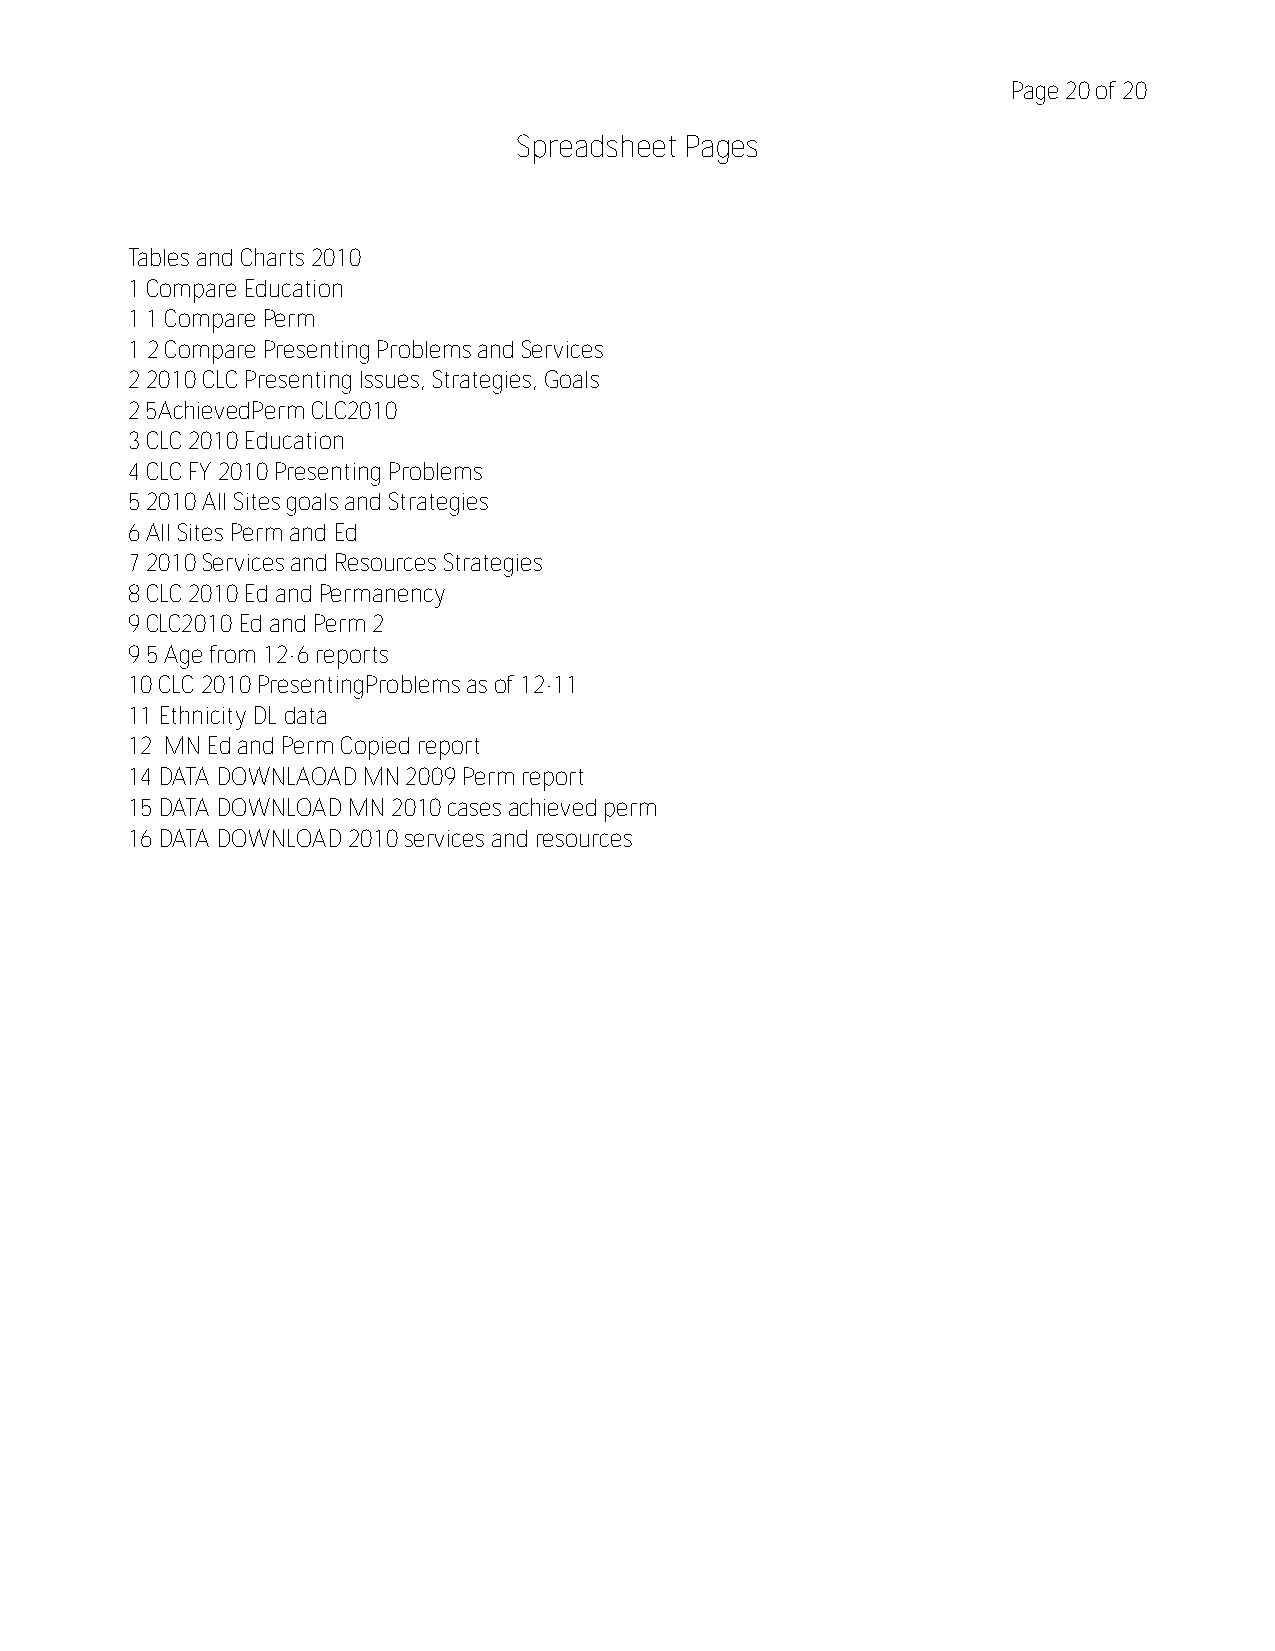
Page 20 of 20
 Spreadsheet Pages
 Tables and Charts 2010
 1 Compare Education
 1.1 Compare Perm
 1.2 Compare Presenting Problems and Services
 2 2010 CLC Presenting Issues, Strategies, Goals
 2.5AchievedPerm CLC2010
 3 CLC 2010 Education
 4 CLC FY 2010 Presenting Problems
 5 2010 All Sites goals and Strategies
 6 All Sites Perm and Ed
 7 2010 Services and Resources Strategies
 8 CLC 2010 Ed and Permanency
 9 CLC2010 Ed and Perm 2
 9.5 Age from 12-6 reports
 10 CLC 2010 PresentingProblems as of 12-11
 11 Ethnicity DL data
 12 MN Ed and Perm Copied report
 14 DATA DOWNLAOAD MN 2009 Perm report
 15 DATA DOWNLOAD MN 2010 cases achieved perm
 16 DATA DOWNLOAD 2010 services and resources